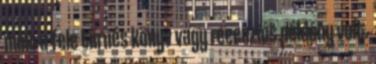
mint a fele turnés könyv vagy recenziós példány volt.